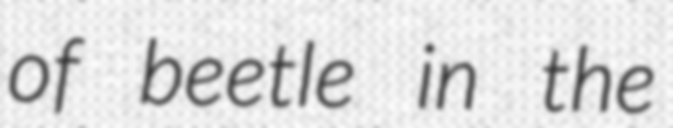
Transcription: of beetle in the